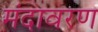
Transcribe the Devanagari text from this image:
मंदावरण